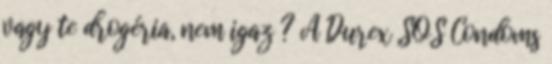
vagy te drogéria, nem igaz ? A Durex SOS Condoms